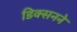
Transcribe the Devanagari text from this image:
डिक्सनने